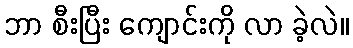
ဘာ စီးပြီး ကျောင်းကို လာ ခဲ့လဲ။